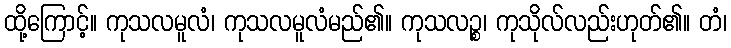
ထို့ကြောင့်။ ကုသလမူလံ၊ ကုသလမူလံမည်၏။ ကုသလဉ္စ၊ ကုသိုလ်လည်းဟုတ်၏။ တံ၊